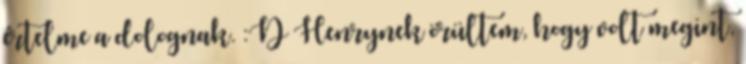
értelme a dolognak. :D Henrynek örültem, hogy volt megint,